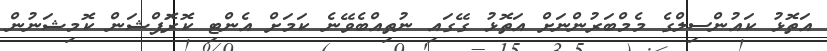
އަތޮޅު ކައުންސިލްގެ މެމްބަރުންނަށް އަތޮޅު ގޭގައި ނުތިއްބެވޭނެ ކަމަށް އެންޓި ކޮރަޮޕްޝަން ކޮމިޝަނުން